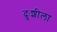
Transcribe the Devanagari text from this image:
दुःशीला